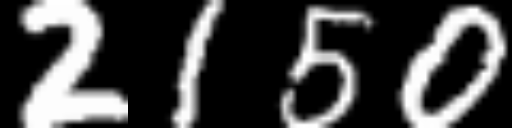
Text: 2150